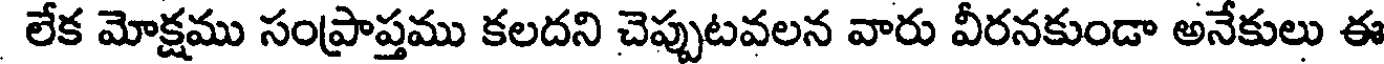
లేక మోక్షము సంప్రాప్తము కలదని చెప్పుటవలన వారు వీరనకుండా అనేకులు ఈ